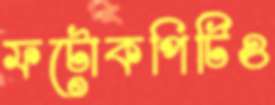
ফটোকপিটিও